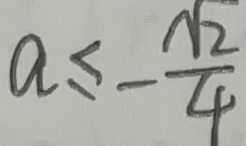
a \leq - \frac { \sqrt { 2 } } { 4 }